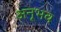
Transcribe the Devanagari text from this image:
अनूभव